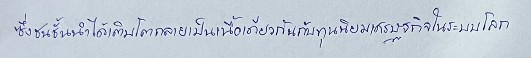
ซึ่งชนชั้นนำได้เติบโตกลายเป็นเนื้อเดียวกันกับทุนนิยมเศรษฐกิจในระบบโลก